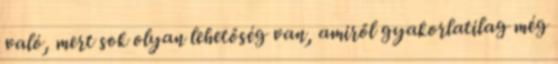
való, mert sok olyan lehetőség van, amiről gyakorlatilag még